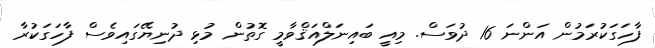
ފާހަގަކުރަމުން އަންނަ 16 ދުވަސް. މިއީ ބައިނަލްއަޤްވާމީ ގޮތުން މުޅި ދުނިޔޭގައިވެސް ފާހަގަކުރާ